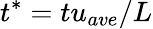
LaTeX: t^{*}=tu_{ave}/L